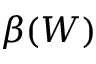
\beta ( W )